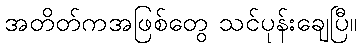
အတိတ်ကအဖြစ်တွေ သင်ပုန်းချေပြီ။